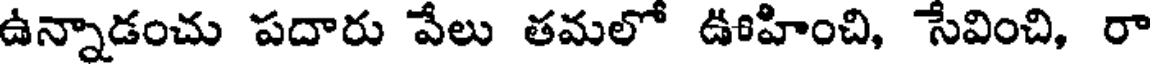
ఉన్నాడంచు పదారు వేలు తమలో ఊహించి, సేవించి, రా